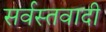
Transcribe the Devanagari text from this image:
सर्वस्तवादी